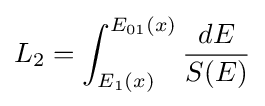
L_{2}=\int _{E_{1}(x)}^{E_{01}(x)}{\frac {dE}{S(E)}}